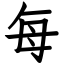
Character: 每